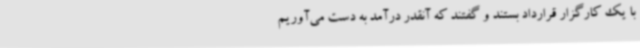
با یک کارگزار قرارداد بستند و گفتند که آنقدر درآمد به دست می‌آوریم